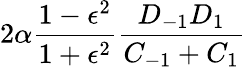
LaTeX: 2\alpha\frac{1-\epsilon^{2}}{1+\epsilon^{2}}\frac{D_{-1}D_{1}}{C_{-1}+C_{1}}